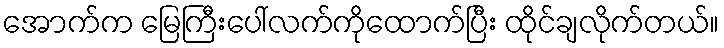
အောက်က မြေကြီးပေါ်လက်ကိုထောက်ပြီး ထိုင်ချလိုက်တယ်။